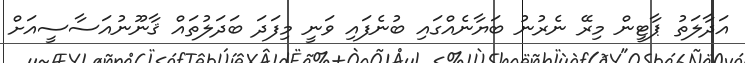
އަދާލަތު ޕާޓީން މިރޭ ނެރުނު ބަޔާނެއްގައި ބުނެފައި ވަނީ މިފަދަ ބަދަލުތައް ޤާނޫނުއަސާސީއަށް